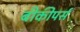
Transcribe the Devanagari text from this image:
बीकीपर्स